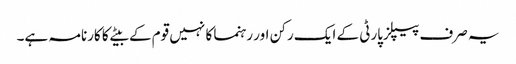
یہ صرف پیپلزپارٹی کے ایک رکن اور رہنما کا نہیں قوم کے بیٹے کا کارنامہ ہے۔